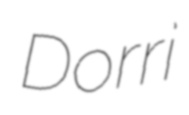
Dorri